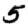
Digit: 5